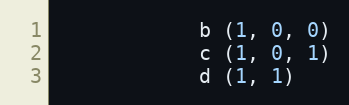
Language: Python
            b (1, 0, 0)
            c (1, 0, 1)
            d (1, 1)